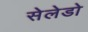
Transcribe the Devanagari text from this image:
सेलेडो